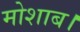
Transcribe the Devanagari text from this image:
मोशाब।